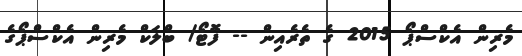
މެރިން އެކްސްޕޯ 2015 ގެ ތެރެއިން -- ފޮޓޯ/ ބްލަކް މެރިން އެކްސްޕޯގެ